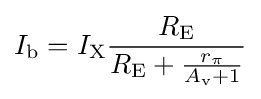
I_{\text{b}}=I_{\text{X}}{\frac {R_{\text{E}}}{R_{\text{E}}+{\frac {r_{\pi }}{A_{\text{v}}+1}}}}